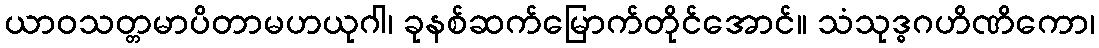
ယာဝသတ္တမာပိတာမဟယုဂါ၊ ခုနစ်ဆက်မြောက်တိုင်အောင်။ သံသုဒ္ဓဂဟိဏိကော၊